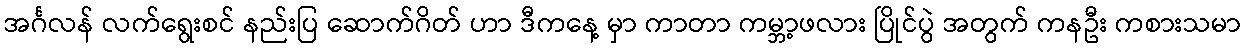
အင်္ဂလန် လက်ရွေးစင် နည်းပြ ဆောက်ဂိတ် ဟာ ဒီကနေ့ မှာ ကာတာ ကမ္ဘာ့ဖလား ပြိုင်ပွဲ အတွက် ကနဦး ကစားသမာ